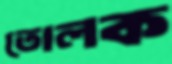
তোলক